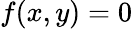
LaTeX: f(x,y)=0\,